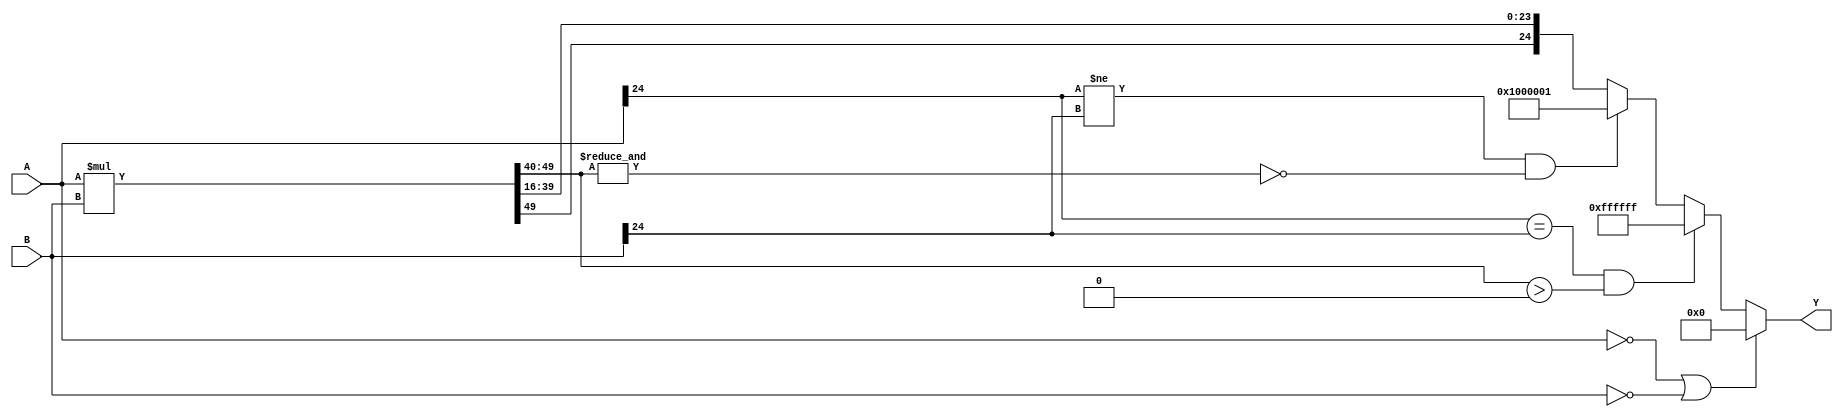
`timescale 1ns / 1ps
//////////////////////////////////////////////////////////////////////////////////
// Company: 
// Engineer: 
// 
// Design Name: 
// Module Name:    Multiplicador 
// Project Name: 
// Target Devices: 
// Tool versions: 
// Description: 
//
// Dependencies: 
//
// Revision: 
// Revision 0.01 - File Created
// Additional Comments: 
//
//////////////////////////////////////////////////////////////////////////////////
module Multiplicador #(parameter Width = 25, Presicion = 16, Magnitud = Width-Presicion-1)
		(
		input wire signed [Width-1:0] A,B,
		output reg signed [Width-1:0] Y);

wire signed [2*Width-1:0] Aux;
assign Aux = A*B;

localparam [Width:0]
	maximo = 2**(Width-1)-1,
	minimo = 2**(Width-1)+1,
	cero = 0;

always@*
	begin
	if(A==0 || B==0)
		Y=cero;
	else
		begin
			if((A[Width-1]==B[Width-1])&&(Aux[2*Width-1:(2*Presicion+Magnitud)]>0))
				Y=maximo;
			else if((A[Width-1]!=B[Width-1])&&~(&Aux[2*Width-1:(2*Presicion+Magnitud)]))
				Y=minimo;
			else
				Y={Aux[2*Width-1],Aux[2*Width-3-Magnitud:Presicion]};
		end
	end		

endmodule